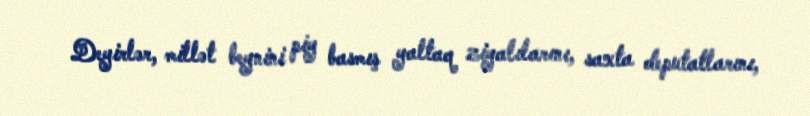
Deyirlər, millət beynini piy basmış yaltaq ziyalılarını, saxta deputatlarını,